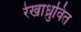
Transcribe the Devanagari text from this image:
रेखाध्रुवित